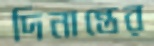
দিনান্তের